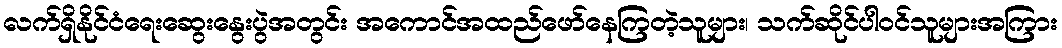
လက်ရှိနိုင်ငံရေးဆွေးနွေးပွဲအတွင်း အကောင်အထည်ဖော်နေကြတဲ့သူများ၊ သက်ဆိုင်ပါဝင်သူများအကြား